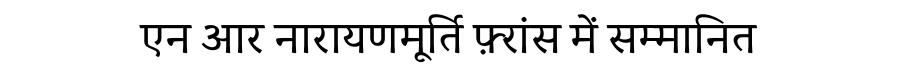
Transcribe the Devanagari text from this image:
एन आर नारायणमूर्ति फ़्रांस में सम्मानित